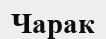
Чарак